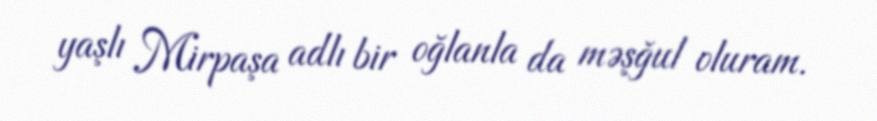
yaşlı Mirpaşa adlı bir oğlanla da məşğul oluram.